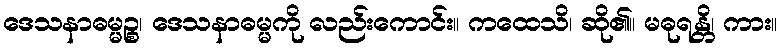
ဒေသနာဓမ္မဉ္စ၊ ဒေသနာဓမ္မကို လည်းကောင်း။ ကထေသိ၊ ဆို၏။ မဓုရန္တိ၊ ကား။